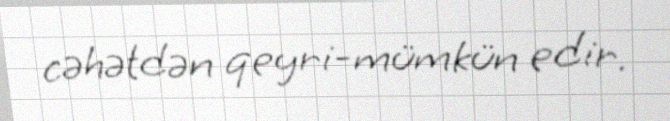
cəhətdən qeyri-mümkün edir.